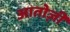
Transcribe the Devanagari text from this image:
आतोज़ी